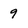
Character: 9